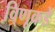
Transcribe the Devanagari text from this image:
वि़्णूकडे